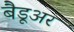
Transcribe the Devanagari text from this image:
बैडूअर